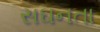
સઘનતા